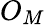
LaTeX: O_{M}